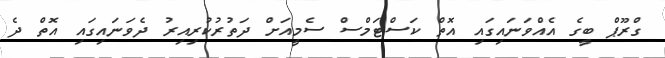
ގްރޫޕް ބީގެ އެއްވަނައިގައި އޮތް ކަސްޓަމްސް ސެމީއަށް ދަތުރުކުރިއިރު ދެވަނައިގައި އޮތް ދެ